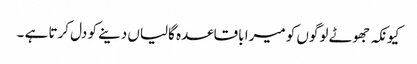
کیونکہ جھوٹے لوگوں کو میرا باقاعدہ گالیاں دینے کو دل کرتا ہے ۔